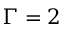
\Gamma = 2